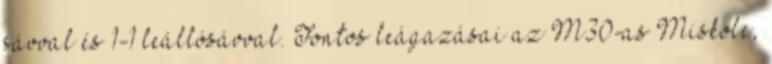
sávval és 1-1 leállósávval. Fontos leágazásai az M30-as Miskolc,